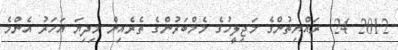
2012 24  ރައްޔިތުންގެ މަޖިލީހުގެ މެމްބަރުންގެ ތެރެއިން މިދިޔަ އަހަރު އެންމެ